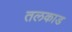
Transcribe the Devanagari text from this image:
तलकाड